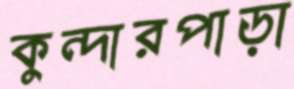
কুন্দারপাড়া